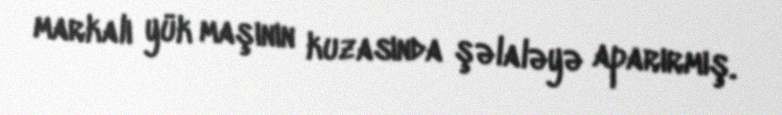
markalı yük maşının kuzasında şəlaləyə aparırmış.